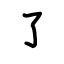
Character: ㇌